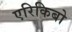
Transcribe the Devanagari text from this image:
एरिकिबो